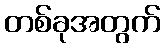
တစ်ခုအတွက်